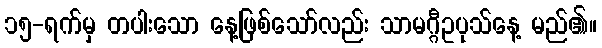
၁၅-ရက်မှ တပါးသော နေ့ဖြစ်သော်လည်း သာမဂ္ဂီဥပုသ်နေ့ မည်၏။